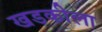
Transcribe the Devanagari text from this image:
खडकीला